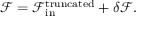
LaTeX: \mathcal { F } = \mathcal { F } _ { \mathrm { i n } } ^ { \mathrm { t r u n c a t e d } } + \delta \mathcal { F } .